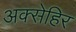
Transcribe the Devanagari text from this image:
अक्सेहिर